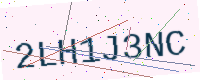
Text: 2LH1J3NC